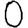
Digit: 0